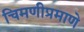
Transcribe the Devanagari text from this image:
चिमणीप्रमाणे